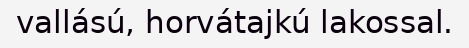
vallású, horvátajkú lakossal.